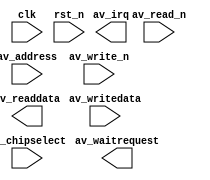
module nios_jtag_uart_0 (
		input  wire        clk,            //               clk.clk
		input  wire        rst_n,          //             reset.reset_n
		input  wire        av_chipselect,  // avalon_jtag_slave.chipselect
		input  wire        av_address,     //                  .address
		input  wire        av_read_n,      //                  .read_n
		output wire [31:0] av_readdata,    //                  .readdata
		input  wire        av_write_n,     //                  .write_n
		input  wire [31:0] av_writedata,   //                  .writedata
		output wire        av_waitrequest, //                  .waitrequest
		output wire        av_irq          //               irq.irq
	);
endmodule